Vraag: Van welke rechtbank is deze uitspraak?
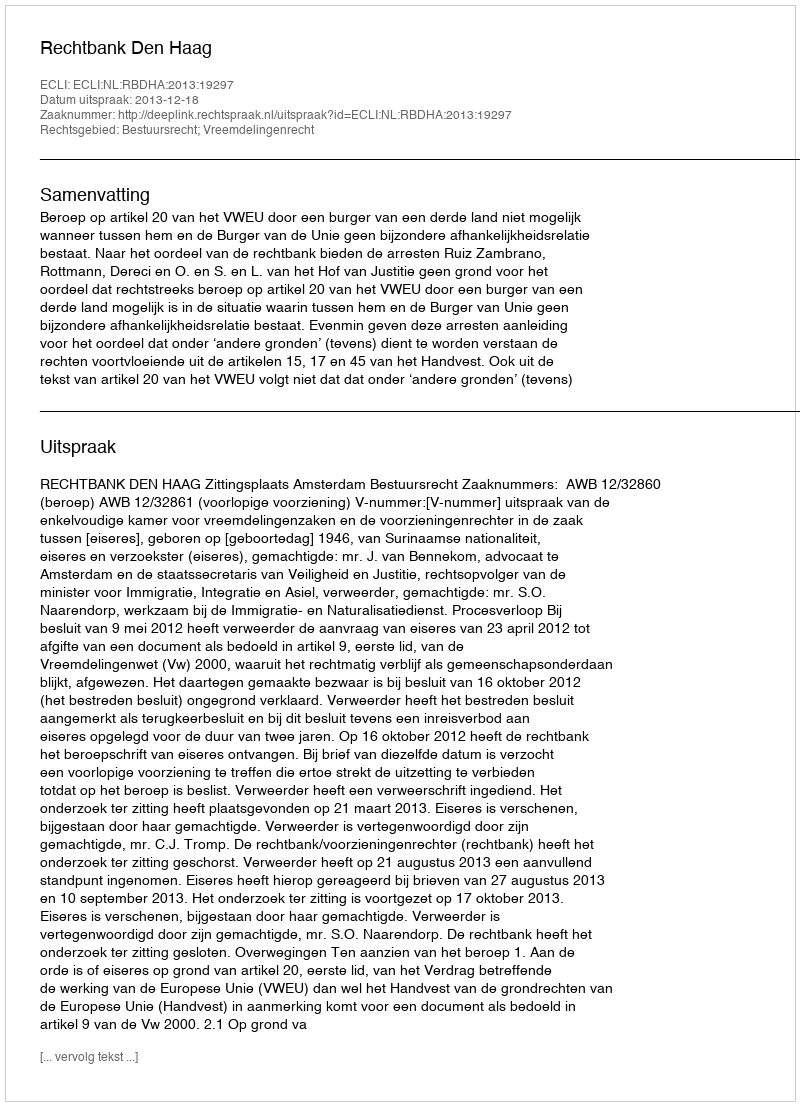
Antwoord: Rechtbank Den Haag